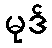
မုဒ်